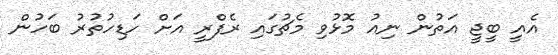
އެއީ ބީޖީ އަތުން ނިއު މޮޅުވި މެޗުގައި ރެފްރީ އަށް ހަޑިހުތުރު ބަހުން